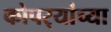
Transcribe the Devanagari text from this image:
कोपर्‍यांच्या